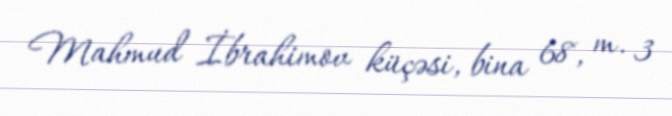
Mahmud İbrahimov küçəsi, bina 68, m. 3